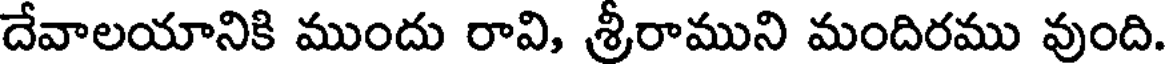
దేవాలయానికి ముందు రావి, శ్రీరాముని మందిరము వుంది.